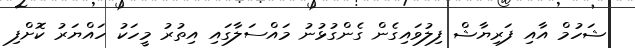
ޝަހުމް އާއި ފަރިޔާޝް ފިލުވައިގެން ގެންގުޅުނު މައްސަލާގައި އިތުރު މީހަކު ހައްޔަރު ކޮށްފި